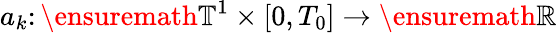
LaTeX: a_{k}\colon\ensuremath{\mathbb{T}}^{1}\times[0,T_{0}]\to\ensuremath{\mathbb{R}}